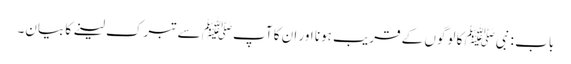
باب : نبیﷺ کا لوگوں کے قریب ہونا اور ان کا آپﷺ سے تبرک لینے کا بیان۔